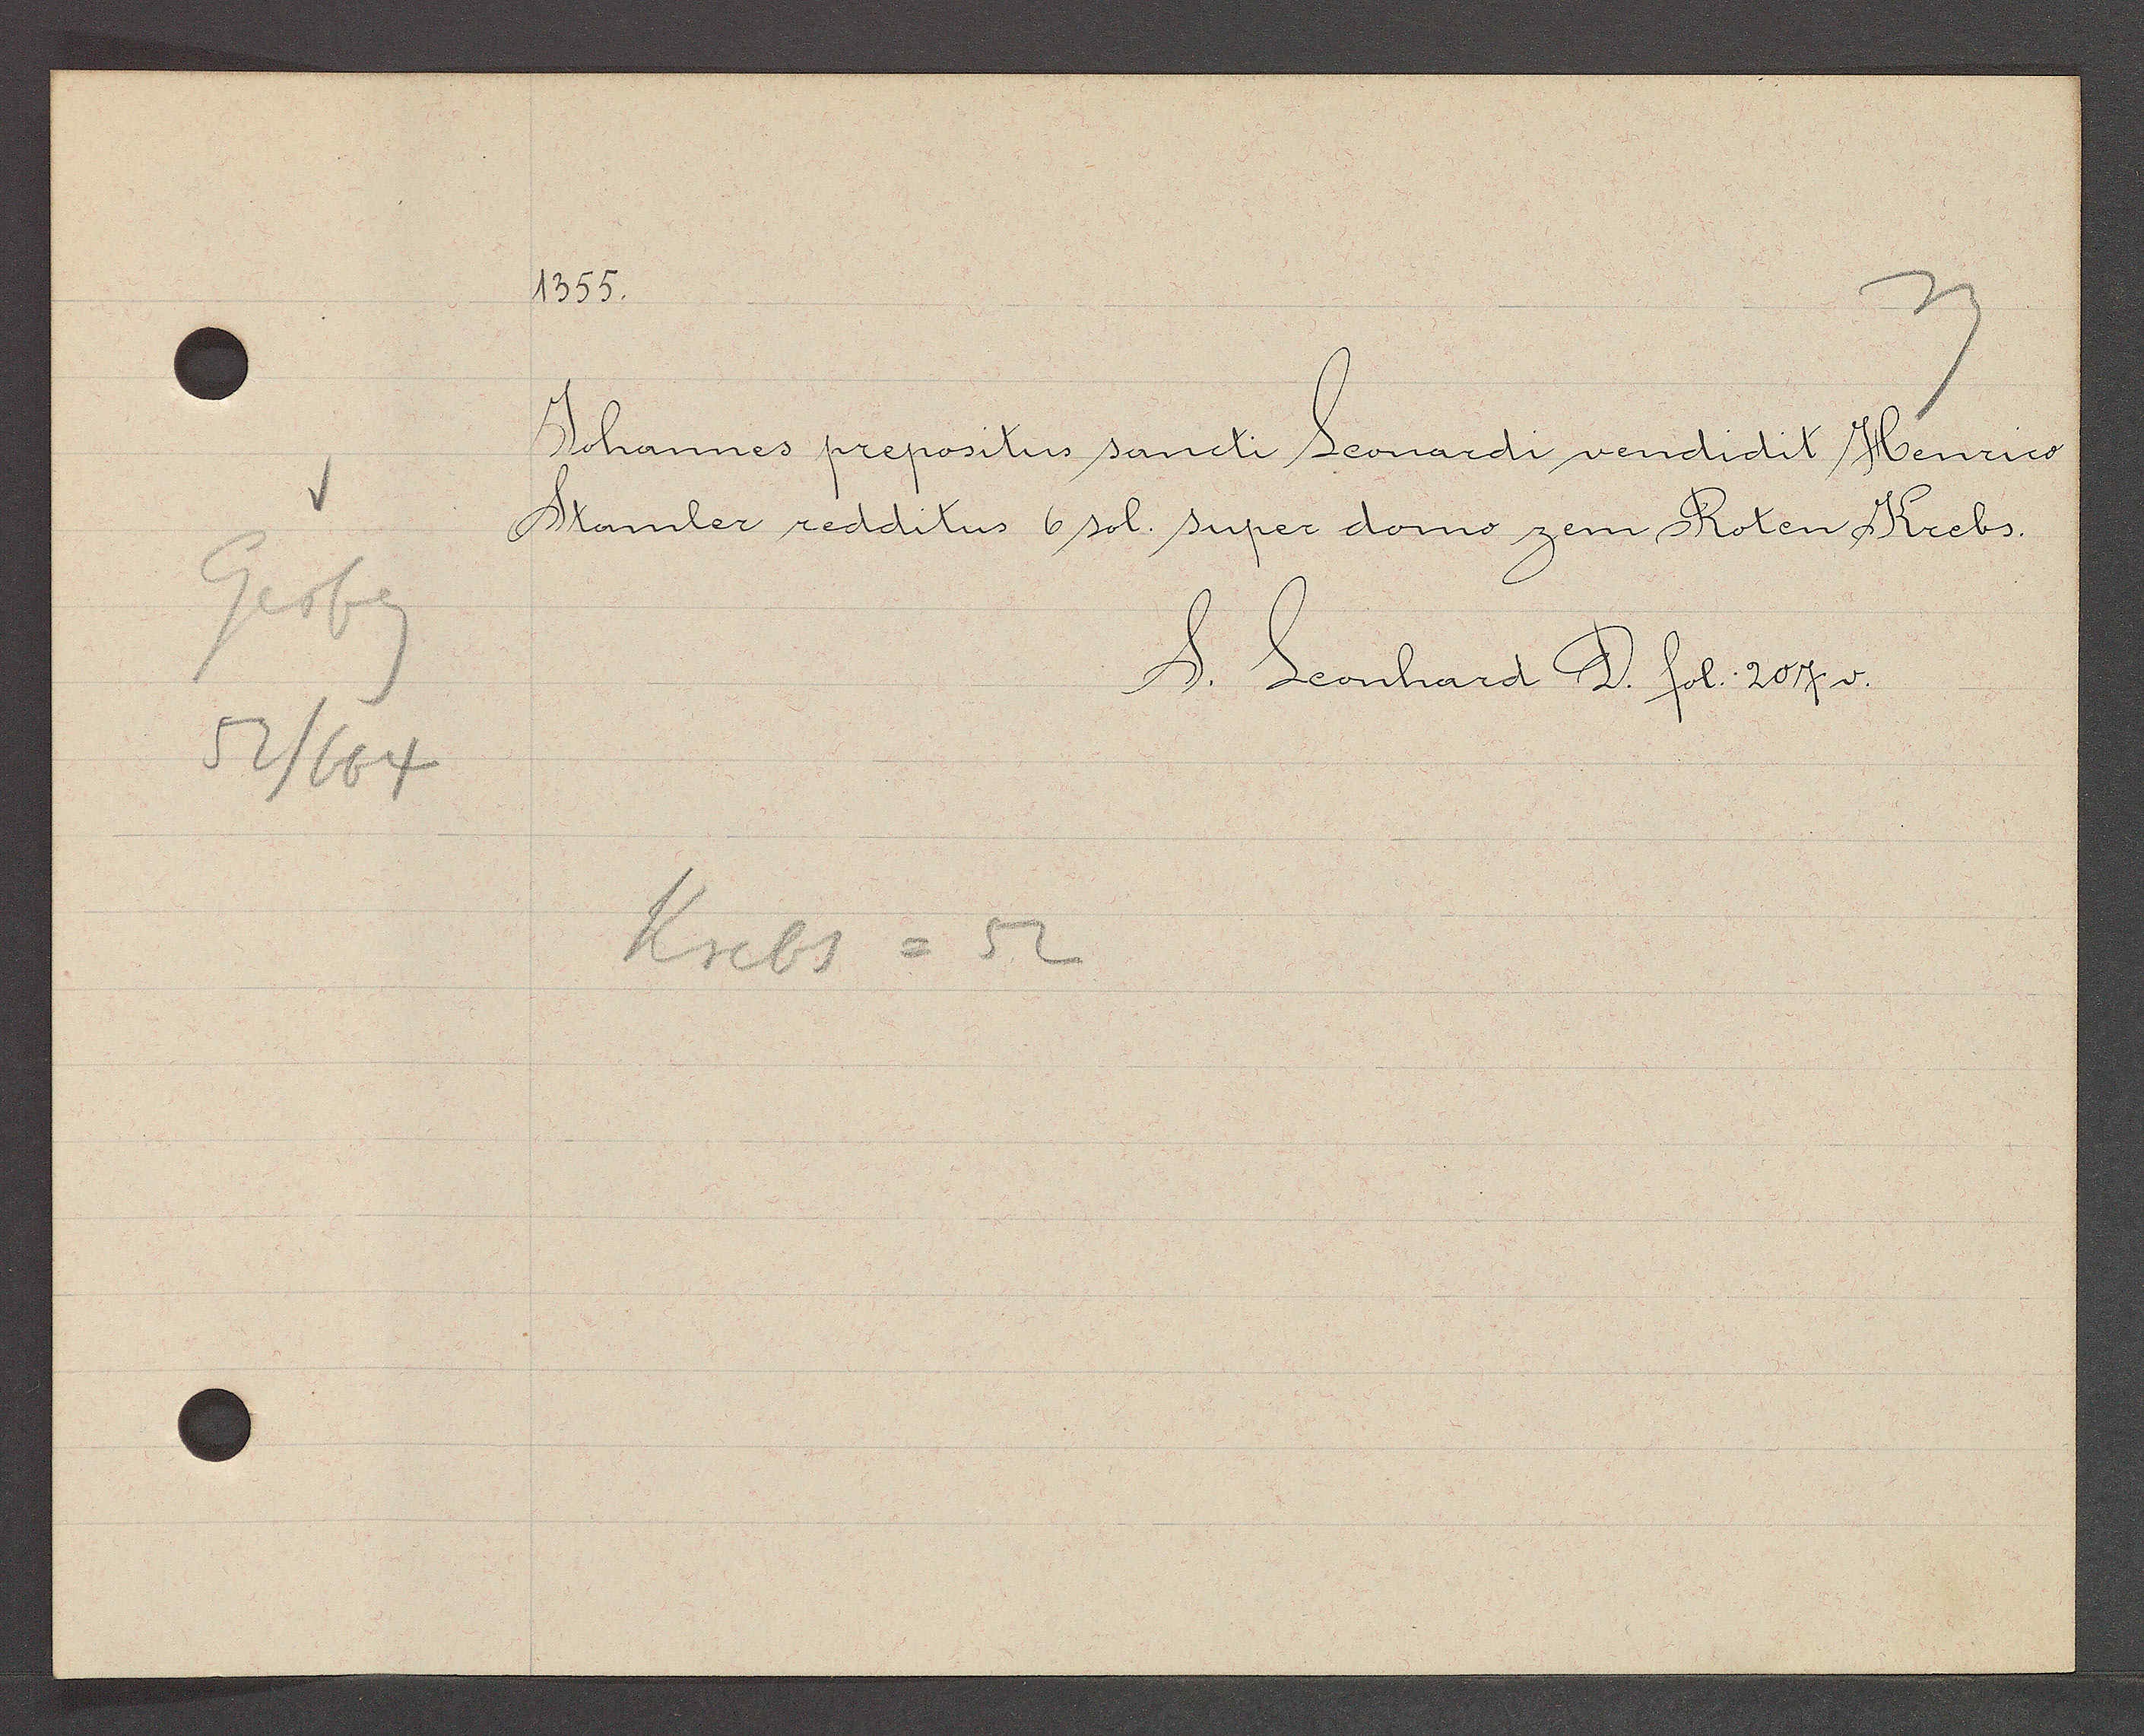
Transcript:
Gerbg
52/664

1355.

Johannes prepositus sancti Leonardi vendidit Henrico
Stamder redditus 6 sol. super domo zem Roten Krebs.

Krebs = 52

S. Leonhard D. fol. 207 v.